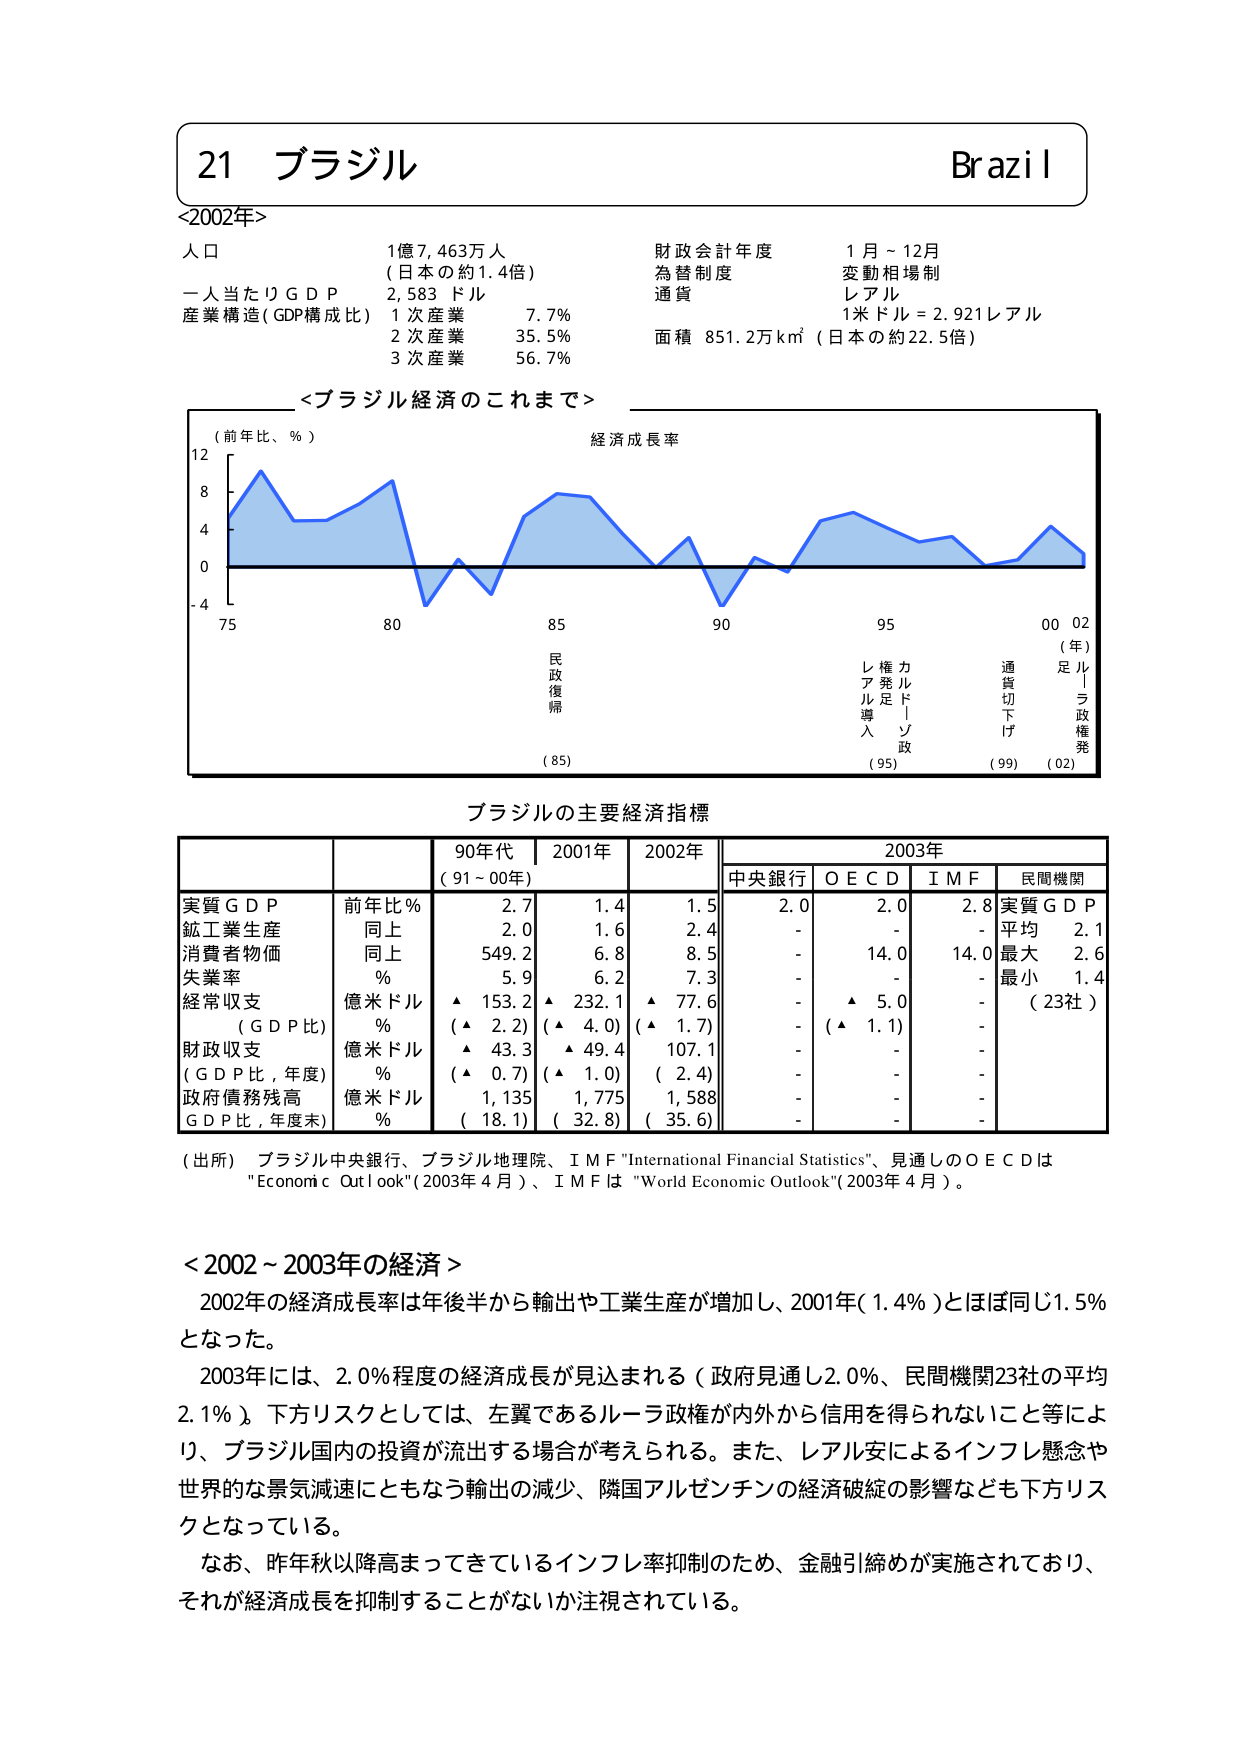
21 ブラジル Brazil
<2002年>
人口 1億7,463万人
（日本の約1.4倍）
一人当たりGDP 2,583 ドル
産業構造（GDP構成比）
1次産業 7.7%
2次産業 35.5%
3次産業 56.7%
財政会計年度 1月～12月
為替制度 変動相場制
通貨 レアル
1米ドル = 2.921レアル
面積 851.2万km²（日本の約22.5倍）

<ブラジル経済のこれまで>
（前年比、％）
経済成長率
12
8
4
0
-4
75 80 85 90 95 00 02
（年）
民 政 復 帰
（85）
レ ア ル 導 入
（95）
カ ル ド ソ 政
通 貨 切 下 げ
（99）
足 ル ー ラ 政 権 発
（02）

ブラジルの主要経済指標
| | | 90年代 | 2001年 | 2002年 | | 2003年 |
|---|---|---|---|---|---|---|---|---|---|
| | | （91～00年） | | | | 中央銀行 | O E C D | I M F | 民間機関 |
| 実質GDP | 前年比％ | 2.7 | 1.4 | 1.5 | | 2.0 | 2.0 | 2.8 | 実質GDP |
| 鉱工業生産 | 同上 | 2.0 | 1.6 | 2.4 | | - | - | - | 平均 2.1 |
| 消費者物価 | 同上 | 549.2 | 6.8 | 8.5 | | - | 14.0 | 14.0 | 最大 2.6 |
| 失業率 | ％ | 5.9 | 6.2 | 7.3 | | - | - | - | 最小 1.4 |
| 経常収支 | 億米ドル | ▲ 153.2 | ▲ 232.1 | ▲ 77.6 | | - | ▲ 5.0 | - | （23社） |
| （GDP比） | ％ | （▲ 2.2） | （▲ 4.0） | （▲ 1.7） | | - | （▲ 1.1） | - | |
| 財政収支 | 億米ドル | ▲ 43.3 | ▲ 49.4 | 107.1 | | - | - | - | |
| （GDP比，年度） | ％ | （▲ 0.7） | （▲ 1.0） | （ 2.4） | | - | - | - | |
| 政府債務残高 | 億米ドル | 1,135 | 1,775 | 1,588 | | - | - | - | |
| GDP比，年度末） | ％ | （ 18.1） | （ 32.8） | （ 35.6） | | - | - | - | |

（出所）ブラジル中央銀行、ブラジル地理院、I M F "International Financial Statistics"、見通しのO E C Dは "Economic Outlook"（2003年4月）、I M Fは "World Economic Outlook"（2003年4月）。

<2002～2003年の経済>
2002年の経済成長率は年後半から輸出や工業生産が増加し、2001年（1.4％）とほぼ同じ1.5％となった。
2003年には、2.0％程度の経済成長が見込まれる（政府見通し2.0％、民間機関23社の平均2.1％）。下方リスクとしては、左翼であるルーラ政権が内外から信用を得られないこと等により、ブラジル国内の投資が流出する場合が考えられる。また、レアル安によるインフレ懸念や世界的な景気減速にともなう輸出の減少、隣国アルゼンチンの経済破綻の影響なども下方リスクとなっている。
なお、昨年秋以降高まってきているインフレ率抑制のため、金融引締めが実施されており、それが経済成長を抑制することがないか注視されている。